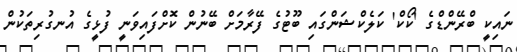
ނައިކީ ބްރޭންޑްގެ 'ކޯކް' ކަލެކްޝަންގައި ބޫޓުގެ ފޭރާމަށް ބޭނުން ކޮށްފައިވަނީ ފުޅީގެ އުނގުރިތަކުން